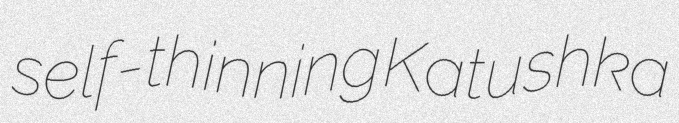
self-thinning Katushka